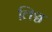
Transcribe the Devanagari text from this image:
लिञ्च